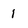
Character: I